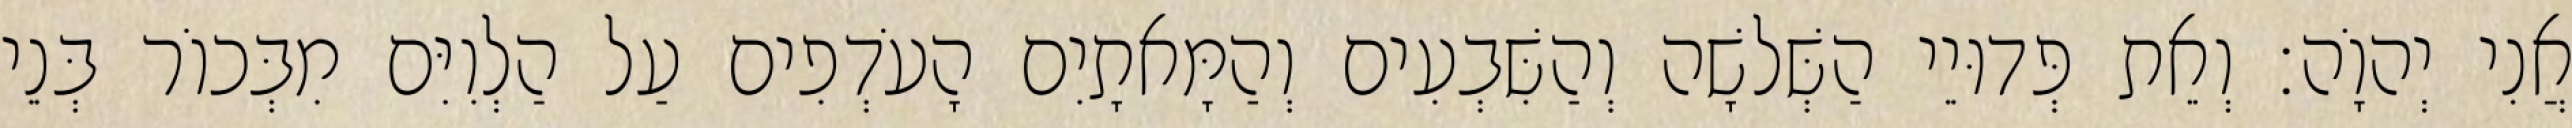
אֲנִי יְהוָֹה׃ וְאֵת פְּדוּיֵי הַשְּׁלשָׁה וְהַשִּׁבְעִים וְהַמָּאתָיִם הָעֹדְפִים עַל הַלְוִיִּם מִבְּכוֹר בְּנֵי